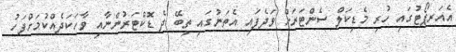
އެއަރޕޯޓުގައި ހުރި މެޑިކަލް ސެންޓަރަށް ވަދެފައި އެތަނުގައި ތިބޭ ދެ ޑޮކްޓަރުންނާއި ވާހަކަދެއްކުމަށްފަހު